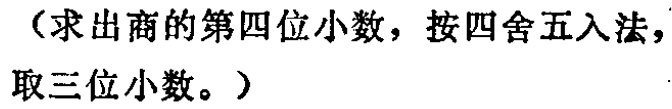
（求出商的第四位小数，按四舍五入法，取三位小数。）